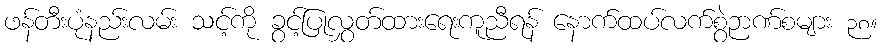
ဖန်တီးပုံနည်းလမ်း သင့်ကို ခွင့်ပြုလွှတ်ထားရေးကူညီရန် နောက်ထပ်လက်စွဲဉာဏ်စများ ၃၈။